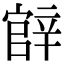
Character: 𨐝